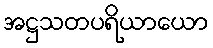
အဋ္ဌသတပရိယာယော